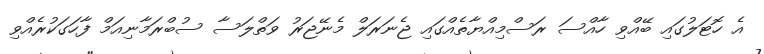
އެ ހޮޓަލުގައި ބޭއްވި ހާއްސަ ރަސްމިއްޔާތެއްގައި ޖެނަރަލް މެނޭޖަރު ވަތްލަސާ ސުބްރަމާނިއަމް ފާހަގަކުރެއްވި